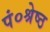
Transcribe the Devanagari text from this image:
पं०श्रेष्ठ